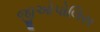
જીઓપોલિસ